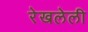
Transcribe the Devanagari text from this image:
रेखलेली